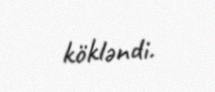
kökləndi.